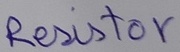
Text: Resistor